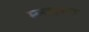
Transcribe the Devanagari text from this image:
म्न्यामा